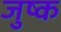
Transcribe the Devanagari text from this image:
जुष्क